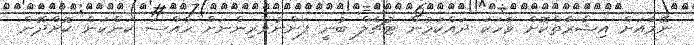
ނޭމާއަށް އިޝާރާތްކޮށް ވާހަކަ ދައްކަމުން ޓުޗެލް ބުނީ ފަންނުވެރިންނަށް ހާއްސަ ކަންކަން ކޮށްދޭން